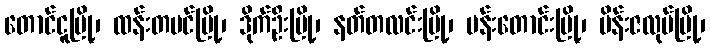
တောင်ငူမြို့၊ ထန်းတပင်မြို့၊ ဒိုက်ဦးမြို့၊ နတ်တလင်းမြို့၊ ပန်းတောင်းမြို့၊ ပိန်းဇလုပ်မြို့၊